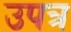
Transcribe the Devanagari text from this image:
उपत्र